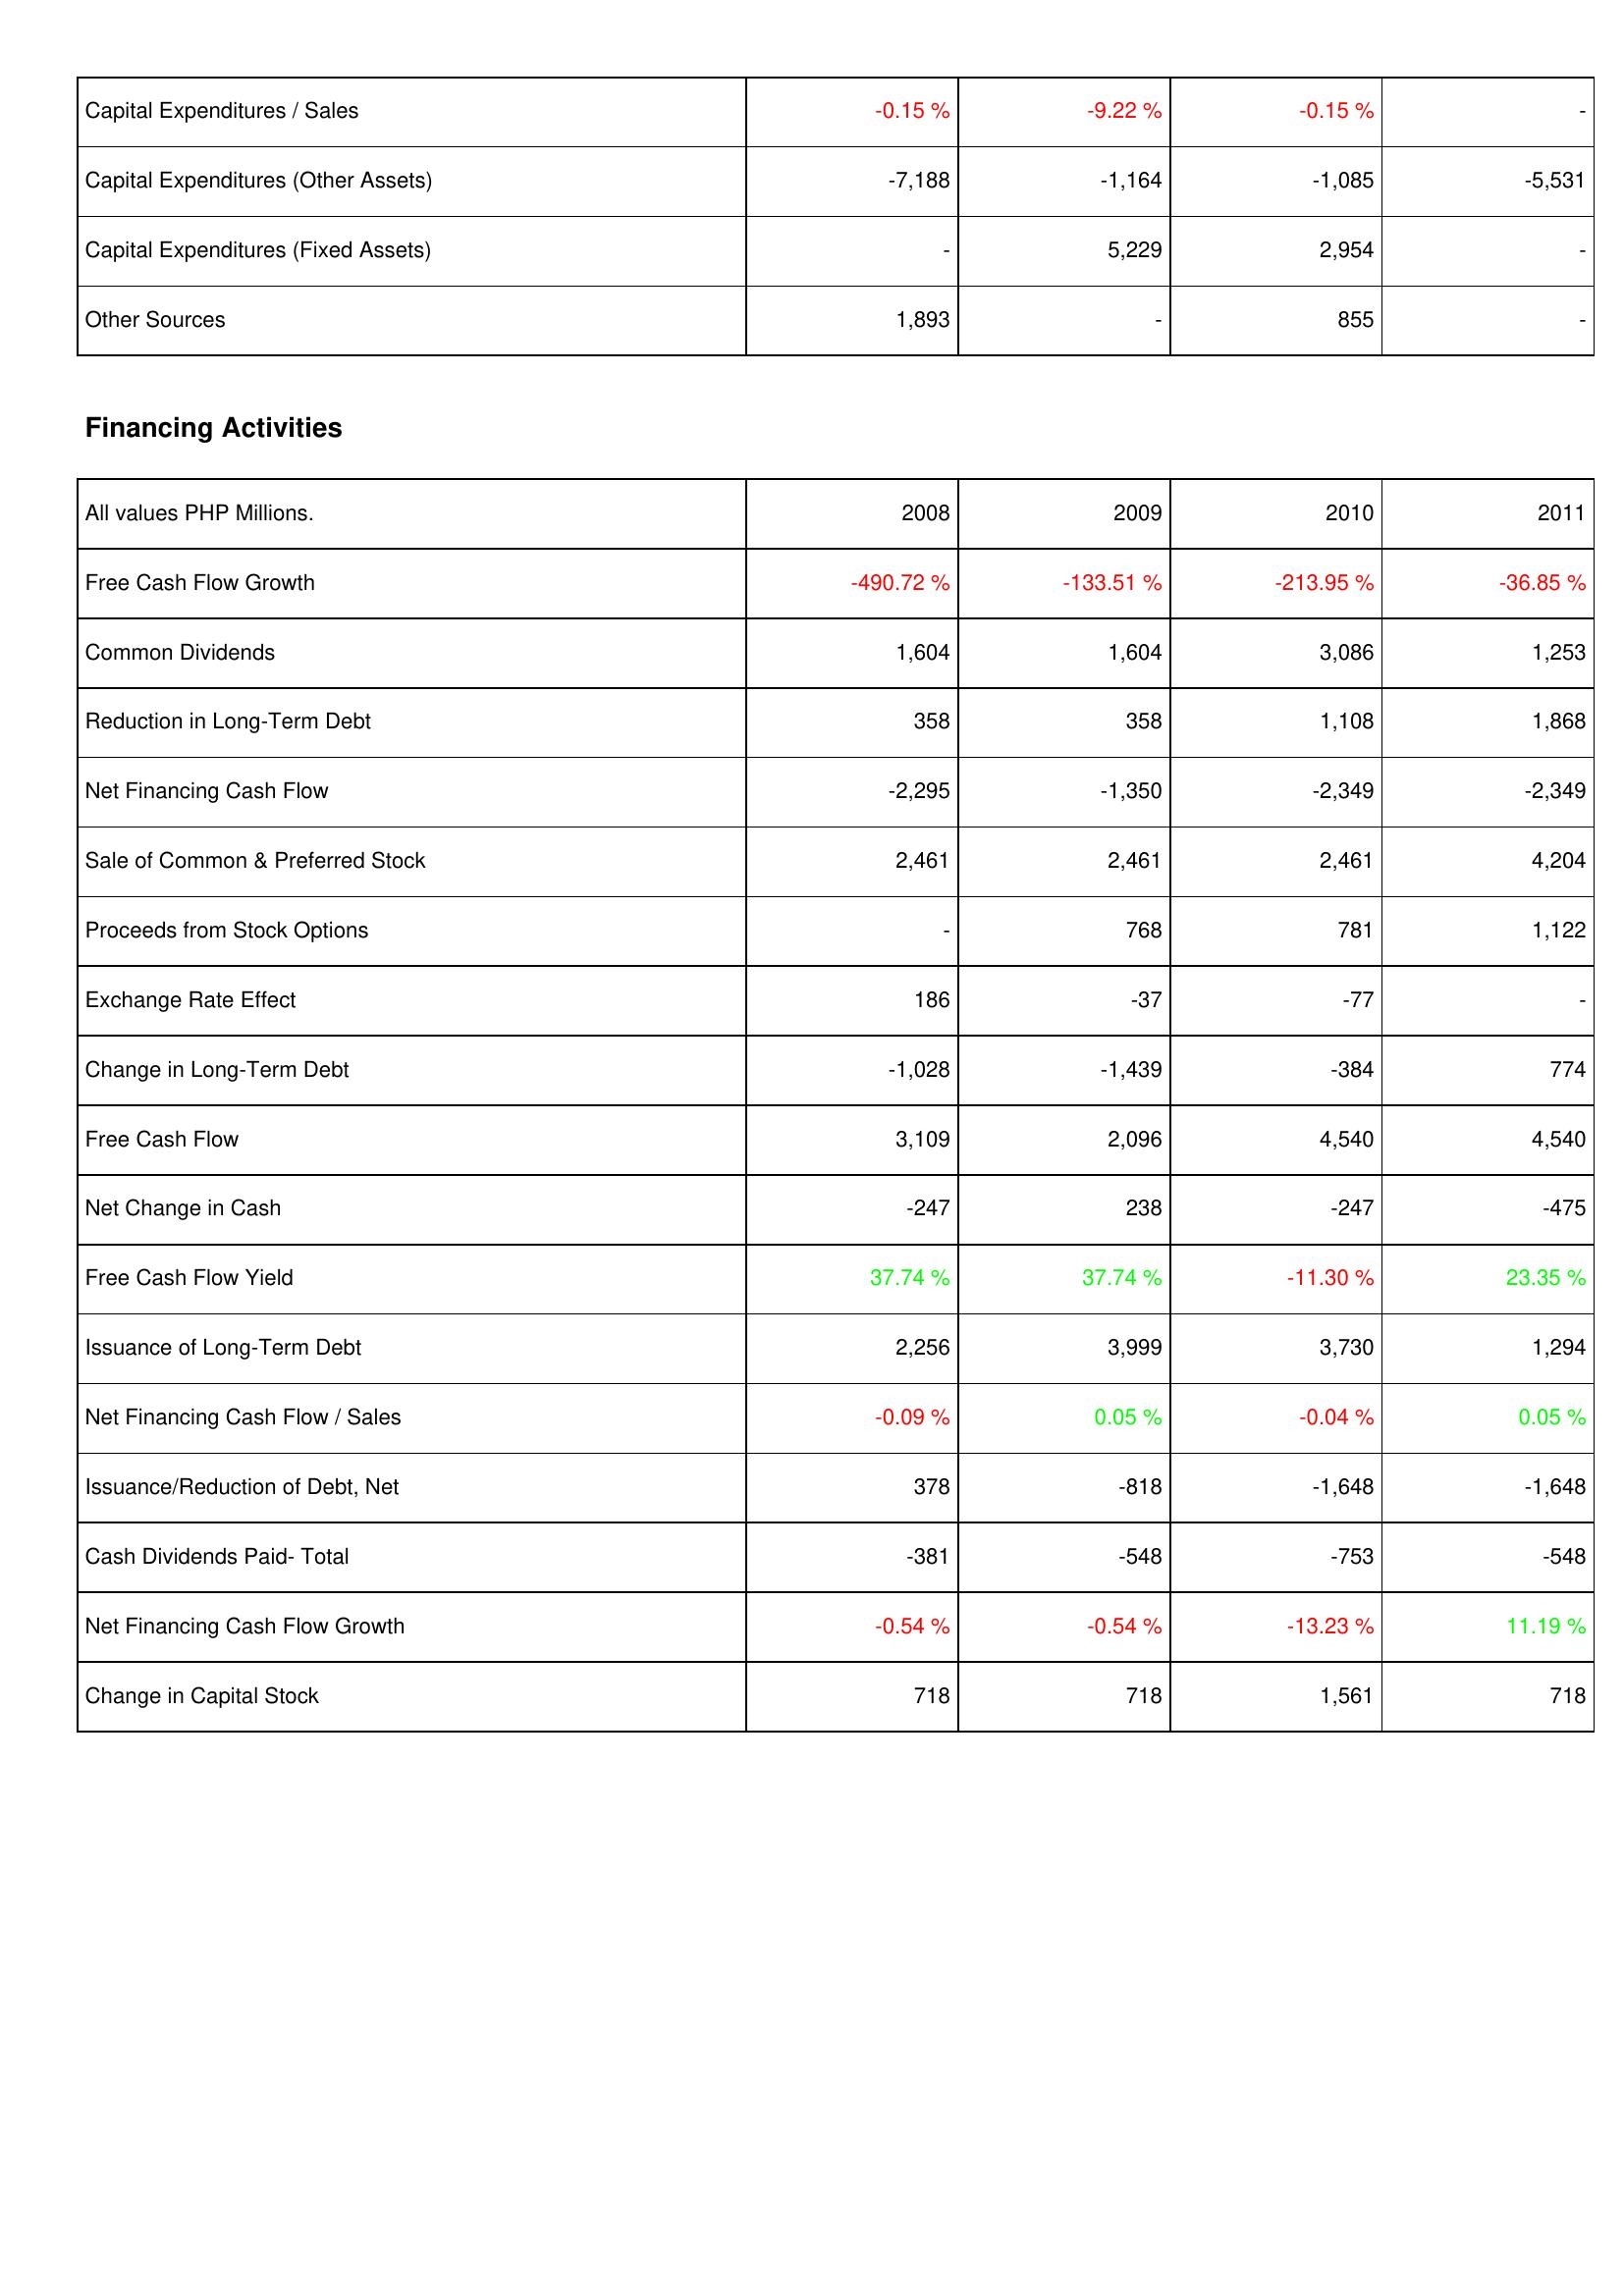
2008: Investing Activities: Capital Expenditures / Sales: -0.15 %
Capital Expenditures (Other Assets): -7,188
Capital Expenditures (Fixed Assets): -
Other Sources: 1,893
Financing Activities: Free Cash Flow Growth: -490.72 %
Common Dividends: 1,604
Reduction in Long-Term Debt: 358
Net Financing Cash Flow: -2,295
Sale of Common & Preferred Stock: 2,461
Proceeds from Stock Options: -
Exchange Rate Effect: 186
Change in Long-Term Debt: -1,028
Free Cash Flow: 3,109
Net Change in Cash: -247
Free Cash Flow Yield: 37.74 %
Issuance of Long-Term Debt: 2,256
Net Financing Cash Flow / Sales: -0.09 %
Issuance/Reduction of Debt, Net: 378
Cash Dividends Paid- Total: -381
Net Financing Cash Flow Growth: -0.54 %
Change in Capital Stock: 718
2009: Investing Activities: Capital Expenditures / Sales: -9.22 %
Capital Expenditures (Other Assets): -1,164
Capital Expenditures (Fixed Assets): 5,229
Other Sources: -
Financing Activities: Free Cash Flow Growth: -133.51 %
Common Dividends: 1,604
Reduction in Long-Term Debt: 358
Net Financing Cash Flow: -1,350
Sale of Common & Preferred Stock: 2,461
Proceeds from Stock Options: 768
Exchange Rate Effect: -37
Change in Long-Term Debt: -1,439
Free Cash Flow: 2,096
Net Change in Cash: 238
Free Cash Flow Yield: 37.74 %
Issuance of Long-Term Debt: 3,999
Net Financing Cash Flow / Sales: 0.05 %
Issuance/Reduction of Debt, Net: -818
Cash Dividends Paid- Total: -548
Net Financing Cash Flow Growth: -0.54 %
Change in Capital Stock: 718
2010: Investing Activities: Capital Expenditures / Sales: -0.15 %
Capital Expenditures (Other Assets): -1,085
Capital Expenditures (Fixed Assets): 2,954
Other Sources: 855
Financing Activities: Free Cash Flow Growth: -213.95 %
Common Dividends: 3,086
Reduction in Long-Term Debt: 1,108
Net Financing Cash Flow: -2,349
Sale of Common & Preferred Stock: 2,461
Proceeds from Stock Options: 781
Exchange Rate Effect: -77
Change in Long-Term Debt: -384
Free Cash Flow: 4,540
Net Change in Cash: -247
Free Cash Flow Yield: -11.30 %
Issuance of Long-Term Debt: 3,730
Net Financing Cash Flow / Sales: -0.04 %
Issuance/Reduction of Debt, Net: -1,648
Cash Dividends Paid- Total: -753
Net Financing Cash Flow Growth: -13.23 %
Change in Capital Stock: 1,561
2011: Investing Activities: Capital Expenditures / Sales: -
Capital Expenditures (Other Assets): -5,531
Capital Expenditures (Fixed Assets): -
Other Sources: -
Financing Activities: Free Cash Flow Growth: -36.85 %
Common Dividends: 1,253
Reduction in Long-Term Debt: 1,868
Net Financing Cash Flow: -2,349
Sale of Common & Preferred Stock: 4,204
Proceeds from Stock Options: 1,122
Exchange Rate Effect: -
Change in Long-Term Debt: 774
Free Cash Flow: 4,540
Net Change in Cash: -475
Free Cash Flow Yield: 23.35 %
Issuance of Long-Term Debt: 1,294
Net Financing Cash Flow / Sales: 0.05 %
Issuance/Reduction of Debt, Net: -1,648
Cash Dividends Paid- Total: -548
Net Financing Cash Flow Growth: 11.19 %
Change in Capital Stock: 718